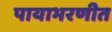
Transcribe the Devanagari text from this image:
पायाभरणीत